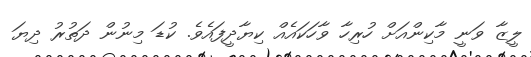
ލީޒާ ވަނީ މާކިންއަށް ހުރިހާ ވާހަކައެއް ކިޔާދީފައެވެ. ކުޑަ މިނުން ދަތުރު ދިޔަ